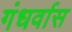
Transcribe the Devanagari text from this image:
गंधर्वास